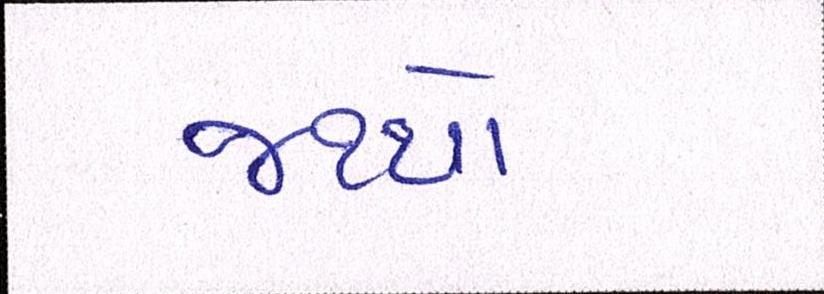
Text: જથ્થો